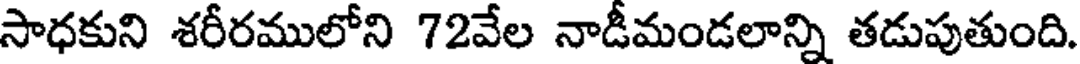
సాధకుని శరీరములోని 72వేల నాడీమండలాన్ని తడుపుతుంది.